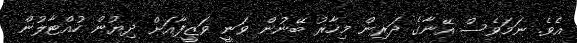
އެވެ. ނަމަވެސް އޭނާގެ ދަރިން މިހާރު ބޭނުން ވަނީ ވަޒީފާއަށް ދިޔުން ހުއްޓާލުން